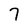
Character: 7